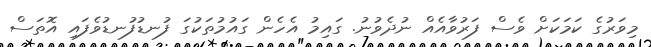
މިވަރުގެ ކަމަކަށް ވެސް ފަރުވާއެއް ނުދެވުނު. ގައިމު އެހެން ގައުމުތަކުގަ ފުނޑުފުނޑުވެފައި އޮތަސް